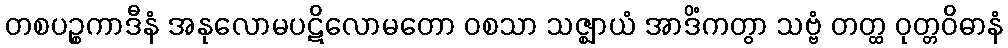
တစပဉ္စကာဒီနံ အနုလောမပဋိလောမတော ဝစသာ သဇ္ဈာယံ အာဒိံကတွာ သဗ္ဗံ တတ္ထ ဝုတ္တဝိဓာနံ